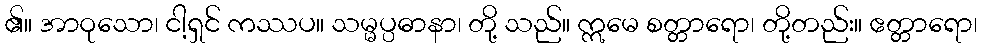
၏။ အာဝုသော၊ ငါ့ရှင် ကဿပ။ သမ္မပ္ပဓာနာ၊ တို့ သည်။ ဣမေ စတ္တာရော၊ တို့တည်း။ ဧတ္တာရော၊